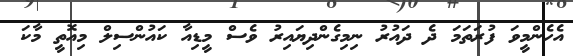
އެހެންމީވަ ފުރަތަމަ ދެ ދައުރު ނިމިގެންދިޔައިރު ވެސް މީޑިއާ ކައުންސިލް މިއޮތީ މާކަ